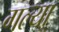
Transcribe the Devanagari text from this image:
गल्या